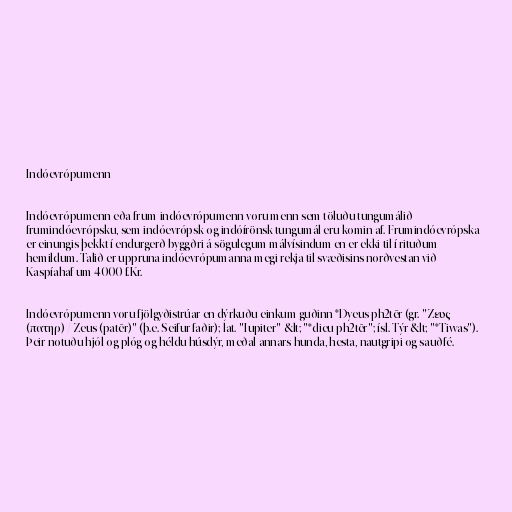
Indóevrópumenn

Indóevrópumenn eða frum-indóevrópumenn voru menn sem töluðu tungumálið
frumindóevrópsku, sem indóevrópsk og indóírönsk tungumál eru komin af. Frumindóevrópska
er einungis þekkt í endurgerð byggðri á sögulegum málvísindum en er ekki til í rituðum
hemildum. Talið er uppruna indóevrópumanna megi rekja til svæðisins norðvestan við
Kaspíahaf um 4000 f.Kr.

Indóevrópumenn voru fjölgyðistrúar en dýrkuðu einkum guðinn *Dyeus ph2tēr (gr. "Ζευς
(πατηρ) / Zeus (patēr)" (þ.e. Seifur faðir); lat. "Iupiter" &lt; "*dieu-ph2tēr"; ísl. Týr &lt; "*Tiwas").
Þeir notuðu hjól og plóg og héldu húsdýr, meðal annars hunda, hesta, nautgripi og sauðfé.